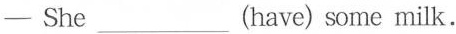
——She ___(have) some milk.